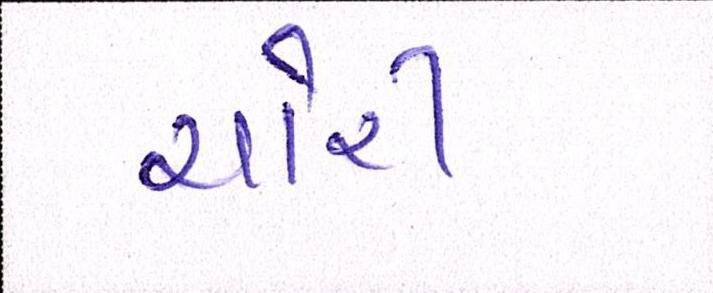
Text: ચોરી